Report of the King Institute of Preventive Medicine, Guindy
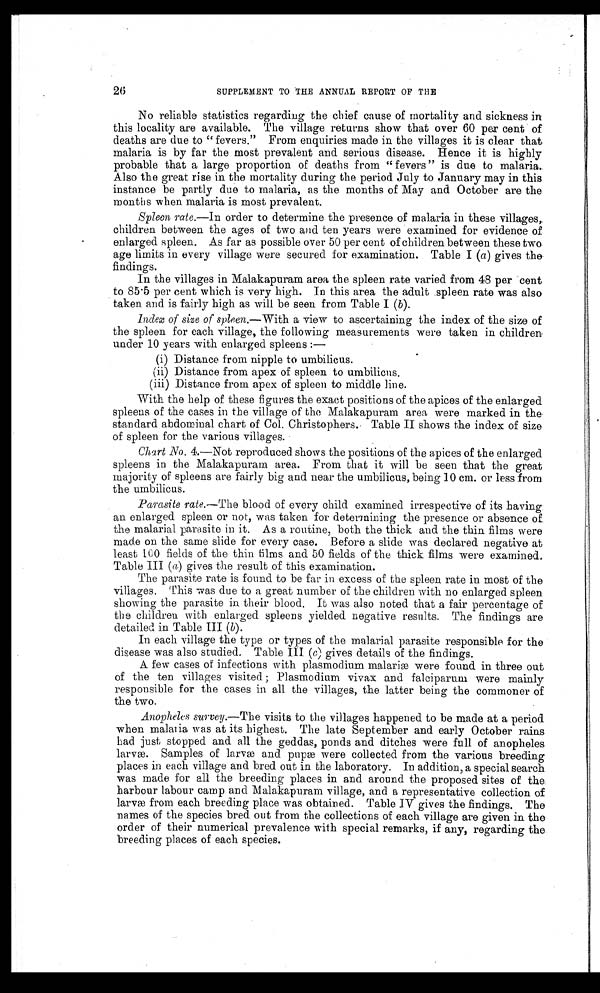
26
SUPPLEMENT TO THE ANNUAL REPORT OF THE
No reliable statistics regarding the chief cause of mortality and sickness in
this locality are available. The village returns show that over 60 per cent of
deaths are due to " fevers." From enquiries made in the villages it is clear that
malaria is by far the most prevalent and serious disease. Hence it is highly
probable that a large proportion of deaths from " fevers " is due to malaria.
Also the great rise in the mortality during the period July to January may in this
instance be partly due to malaria, as the months of May and October are the
months when malaria is most prevalent.
Spleen rate.— In order to determine the presence of malaria in these villages,.
children between the ages of two and ten years were examined for evidence of
enlarged spleen. As far as possible over 50 per cent of children between these two
age limits in every village were secured for examination. Table I ( a ) gives the
findings.
In the villages in Malakapuram area the spleen rate varied from 48 per cent
to 85.5 per cent which is very high. In this area the adult spleen rate was also
taken and is fairly high as will be seen from Table I ( b).
Index of size of spleen.— With a view to ascertaining the index of the size of
the spleen for each village, the following measurements were taken in children
under 10 years with enlarged spleens :—
( i ) D i s t a n c e f r o m n i p p l e t o u m b i l i c u s .
( i i ) D i s t a n c e f r o m a p e x o f s p l e e n t o u m b i l i c u s .
( i i i ) D i s t a n c e f r o m a p e x o f s p l e e n t o m i d d l e l i n e .
With the help of these figures the exact positions of the apices of the enlarged
spleens of the cases in the village of the Malakapuram area were marked in the
standard abdominal chart of Col. Christophers. Table II shows the index of size
of spleen for the various villages.
Chart No. 4.—Not reproduced shows the positions of the apices of the enlarged
spleens in the Malakapuram area. From that it will be seen that the great
majority of spleens are fairly big and near the umbilicus, being 10 cm. or less from
the umbilicus.
Parasite rate.— The blood of every child examined irrespective of its having
an enlarged spleen or not, was taken for determining the presence or absence of
the malarial parasite in it. As a routine, both the thick and the thin films were
made on the same slide for every case. Before a slide was declared negative at
least 100 fields of the thin films and 50 fields of the thick films were examined.
Table III (a) gives the result of this examination.
The parasite rate is found to be far in excess of the spleen rate in most of the
villages. This was due to a great number of the children with no enlarged spleen
showing the parasite in their blood. It was also noted that a fair percentage of
the children with enlarged spleens yielded negative results. The findings are
detailed in Table III ( b).
In each village the type or types of the malarial parasite responsible for the
disease was also studied. Table III ( c ) gives details of the findings.
A few cases of infections with plasmodium malariæ were found in three out
of the ten villages visited ; Plasmodium vivax and falciparum were mainly
responsible for the cases in all the villages, the latter being the commoner of
the two.
•
Anopheles survey.—The visits to the villages happened to be made at a period
when malaria was at its highest. The late September and early October rains
had just stopped and all the geddas, ponds and ditches were full of anopheles
larvæ. Samples of larvæ and pupæ were collected from the various breeding
places in each village and bred out in the laboratory. In addition, a special search
was made for all the breeding places in and around the proposed sites of the
harbour labour camp and Malakapuram village, and a representative collection of
larvæ from each breeding place was obtained. Table IV gives the findings. The
names of the species bred out from the collections of each village are given in the
order of their numerical prevalence with special remarks, if any, regarding the
breeding places of each species.